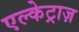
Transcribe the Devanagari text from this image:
एल्केट्राज़